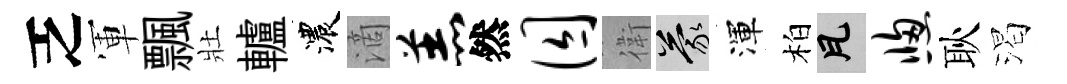
乏軍飄壯轤濃滴羔然囚衛蒙渾柏瓦窗耿渴